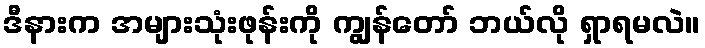
ဒီနားက အများသုံးဖုန်းကို ကျွန်တော် ဘယ်လို ရှာရမလဲ။